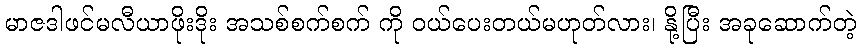
မာဇဒါဖင်မလီယာဖိုးဒိုး အသစ်စက်စက် ကို ဝယ်ပေးတယ်မဟုတ်လား၊ နို့ပြီး အခုဆောက်တဲ့